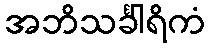
အဘိသင်္ခါရိကံ